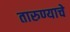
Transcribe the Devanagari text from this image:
तारुण्याचे